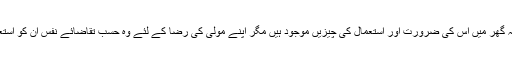
’’ان باتوں سے روزہ کی حقیقت ظاہر ہے کہ جب انسان اپنے نفس پریہ تسلط پیدا کرلیتاہے کہ گھر میں اس کی ضرورت اور استعمال کی چیزیں موجود ہیں مگر اپنے مولیٰ کی رضا کے لئے وہ حسب تقاضائے نفس ان کو استعمال نہیں کرتا تو جو اشیاء اس کو میسر نہیں ان کی طرف نفس کو کیوں راغب ہونے دے گا۔